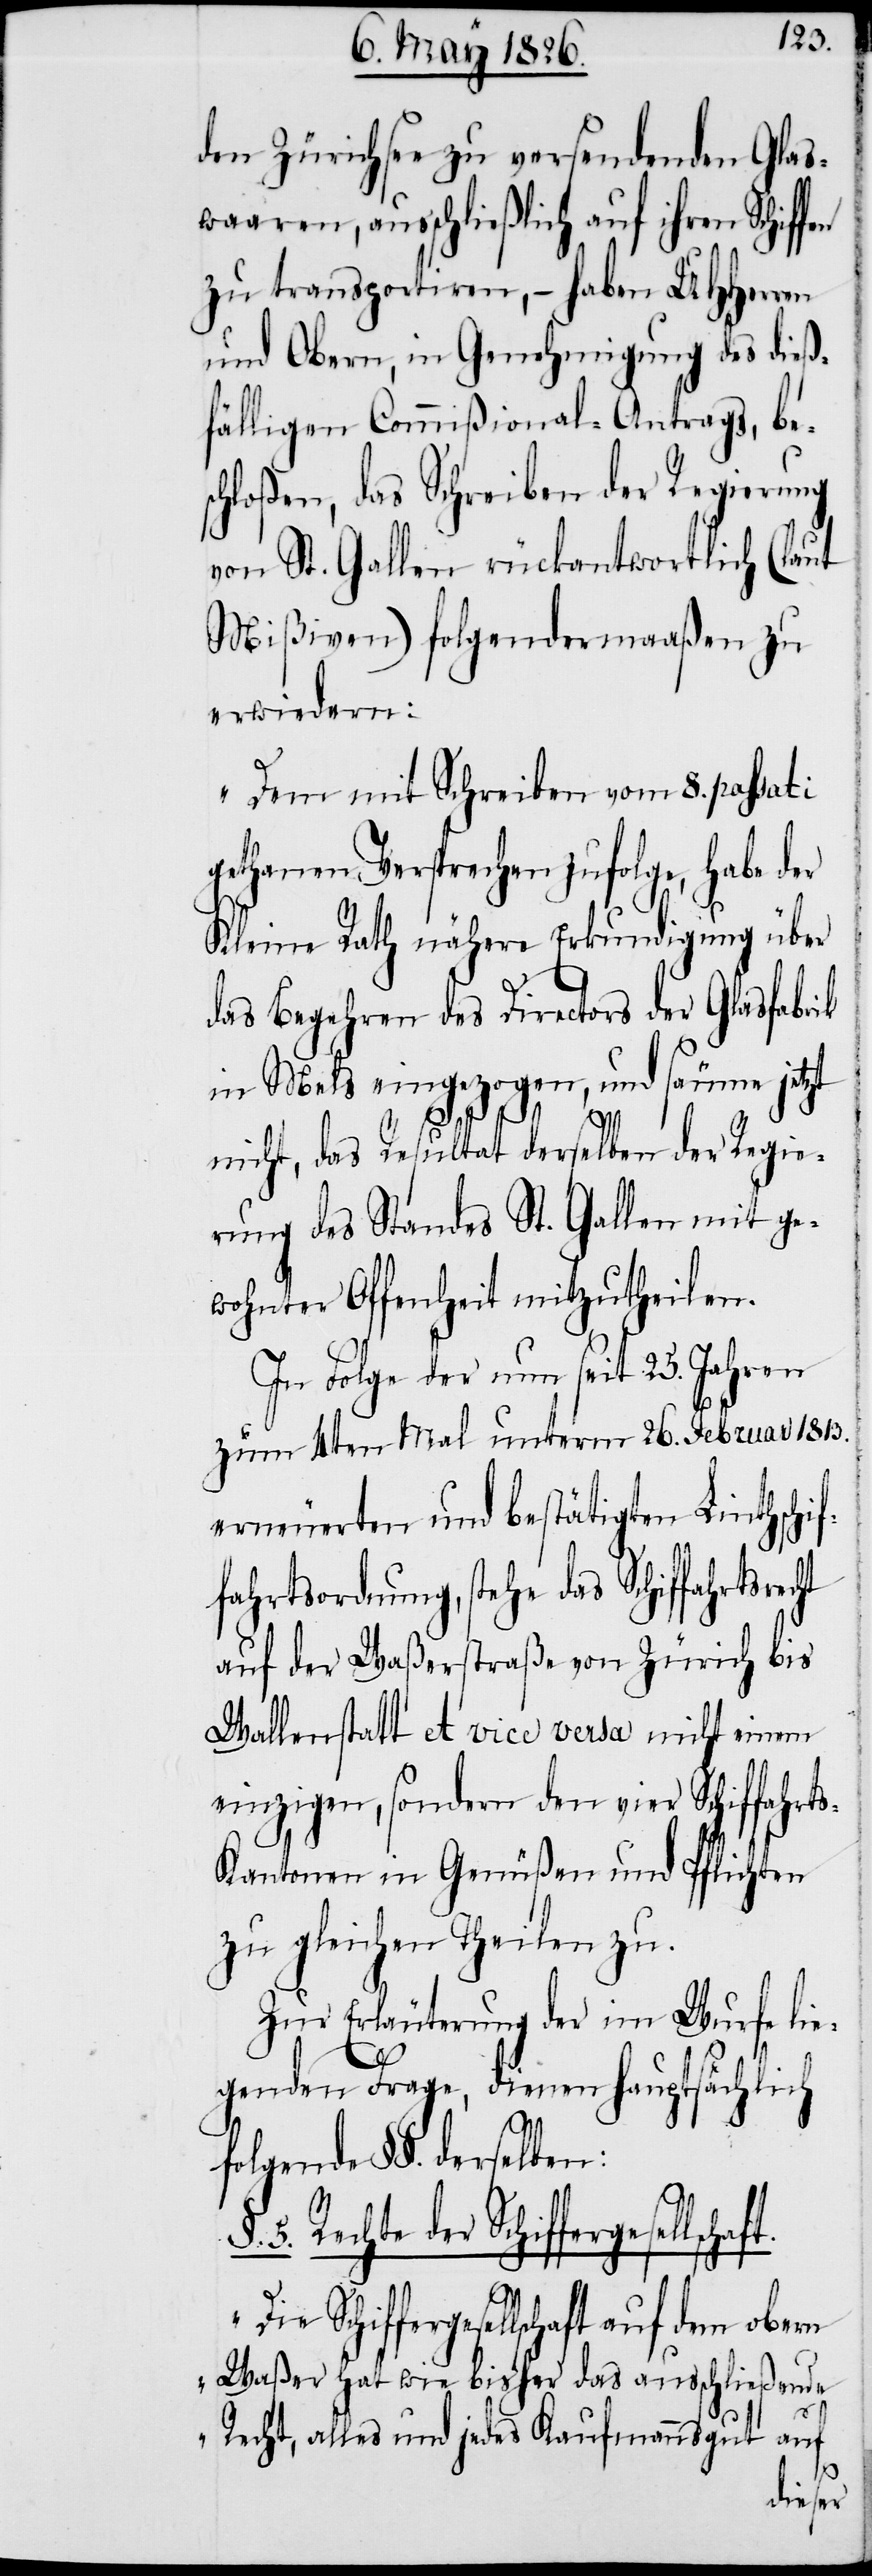
den Zürichsee zu versendenden Glas¬
waaren, ausschließlich auf ihren Schiffen
zu transportiren, – haben UHHerren
und Obern, in Genehmigung des dieß¬
fälligen Commißional-Antrags, bes¬
chloßen, das Schreiben der Regierung
von St. Gallen rückantwortlich (laut
Mißiven) folgendermaaßen zu
erwiedern:
„Dem mit Schreiben vom 8. passati
gethanen Versprechen zufolge, habe der
Kleine Rath nähere Erkundigung über
das Begehren des Directors der Glasfabrik
in Mels eingezogen, und säume jetzt
‚Die
nicht, das Resultat derselben der Regie¬
rung des Standes St. Gallen mit ge¬
wohnter Offenheit mitzutheilen.
In Folge der nun seit 25. Jahren
zum 4ten Mal unterm 26. Februar 1813.
erneuerten und bestätigten Linthschif¬
fahrtsordnung, stehe das Schiffahrt¬
auf der Waßerstraße von Zürich bis
Wallenstatt et vice versa nicht einem
einzigen, sondern den vier Schiffahrt¬
s-Kantonen in Genüßen und Pflichten
zu gleichen Theilen zu.
Zur Erläuterung der im Wurfe lie¬
genden Frage, dienen hauptsächlich
folgende §§. derselben:
5. Recht der Schiffergesel¬
Schiffergesellschaft auf dem obern
Waßer hat wie bisher das ausschließende
Recht, alles und jedes Kaufmannsgut auf